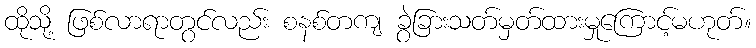
ထိုသို့ ဖြစ်လာရာတွင်လည်း စနစ်တကျ ခွဲခြားသတ်မှတ်ထားမှုကြောင့်မဟုတ်။